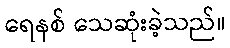
ရေနစ် သေဆုံးခဲ့သည်။